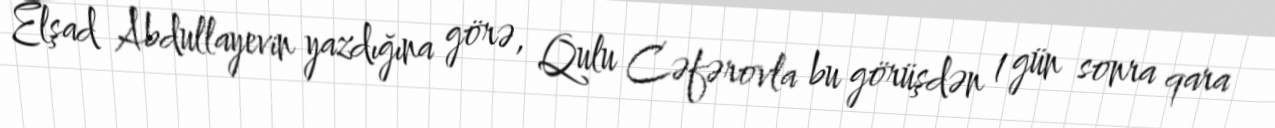
Elşad Abdullayevin yazdığına görə, Qulu Cəfərovla bu görüşdən 1 gün sonra qara